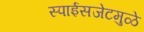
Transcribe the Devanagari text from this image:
स्पाईसजेटमुळे